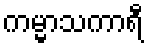
ကမ္မာသကာရီ